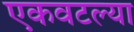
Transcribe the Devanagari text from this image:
एकवटल्या